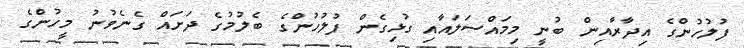
ފުލުހުންގެ އިދާރާއިން ބުނީ މިމައްސަލައާއި ގުޅިގެން ފުލުހުންގެ ބެލުމުގެ ދަށައް ގެނެވުނު މީހުންގެ